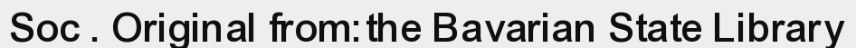
Soc . Original from:the Bavarian State Library